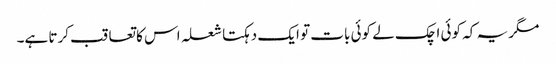
مگر یہ کہ کوئی اچک لے کوئی بات تو ایک دہکتا شعلہ اس کا تعاقب کرتا ہے۔